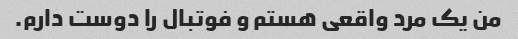
من یک مرد واقعی هستم و فوتبال را دوست دارم.